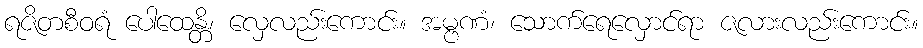
ရဇိတစီဝရံ ပေါထေန္တိ၊ လှေလည်းကောင်း။ အမ္ဗဏံ၊ သောက်ရေလှောင်ရာ ဇလားလည်းကောင်း။